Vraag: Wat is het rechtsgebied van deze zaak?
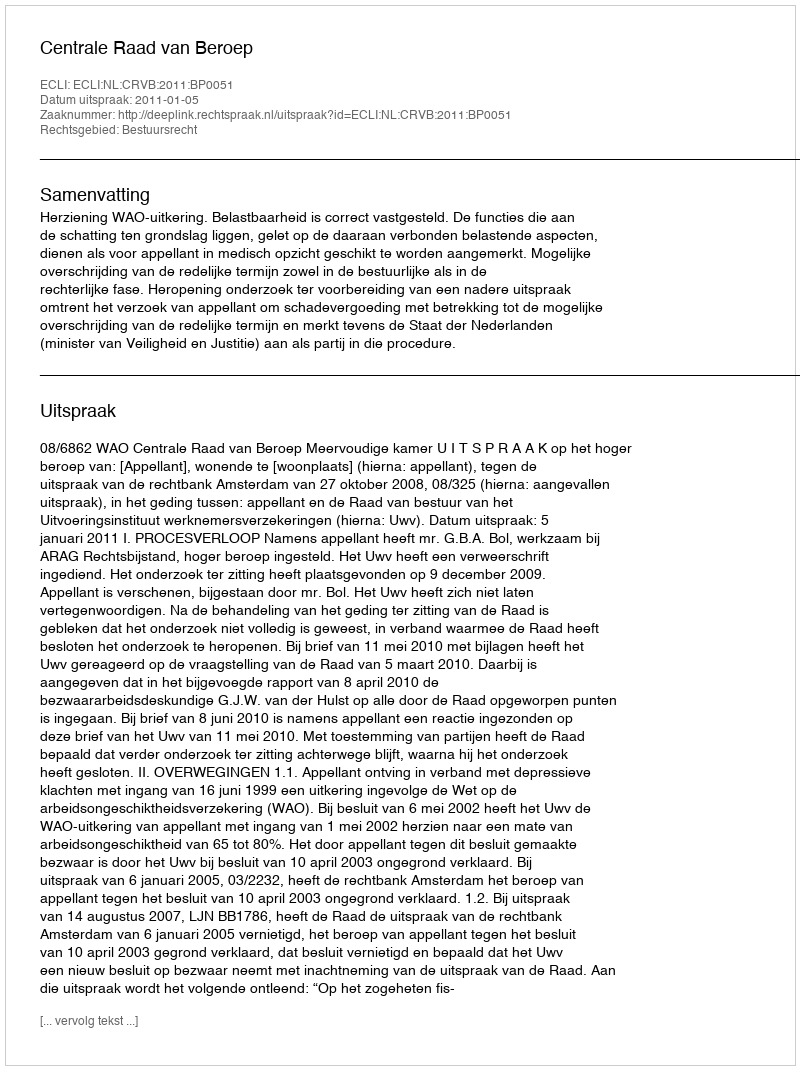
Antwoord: Bestuursrecht